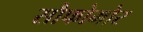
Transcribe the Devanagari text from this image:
सौफोमोर